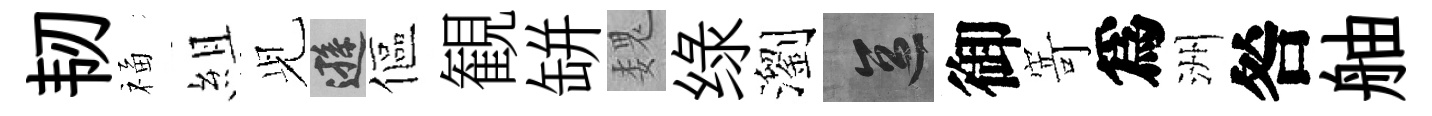
韧福組𫤗遜傴観缾魏绿瀏區御𭔃爲洲咎舳